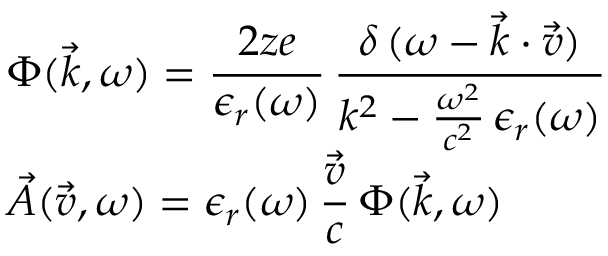
\begin{array} { l } { \displaystyle \Phi ( \vec { k } , \omega ) = \frac { 2 z e } { \epsilon _ { r } ( \omega ) } \, \frac { \delta \, ( \omega - \vec { k } \cdot \vec { v } ) } { k ^ { 2 } - \frac { \omega ^ { 2 } } { c ^ { 2 } } \, \epsilon _ { r } ( \omega ) } } \\ { \displaystyle \vec { A } ( \vec { v } , \omega ) = \epsilon _ { r } ( \omega ) \, \frac { \vec { v } } { c } \, \Phi ( \vec { k } , \omega ) } \end{array}